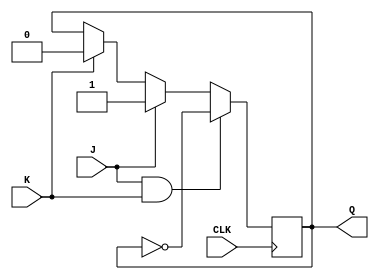
module JKFlipFlop (
    input wire CLK,
    input wire J,
    input wire K,
    output reg Q
);

always @(posedge CLK) begin
    if (J & K) begin
        Q <= ~Q;
    end else if (J) begin
        Q <= 1;
    end else if (K) begin
        Q <= 0;
    end else begin
        Q <= Q;
    end
end

endmodule